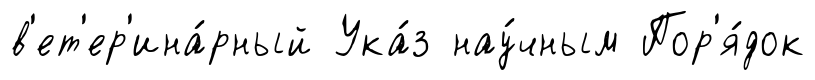
в'ет'ер'ина́рный Ука́з нау́чным Пор'я́док